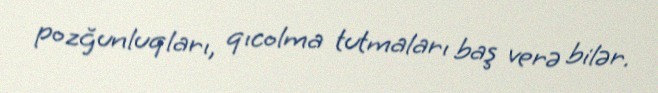
pozğunluqları, qıcolma tutmaları baş verə bilər.